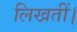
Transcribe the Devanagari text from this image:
लिखतीं।